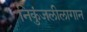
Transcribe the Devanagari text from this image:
निकुंजलीलागान